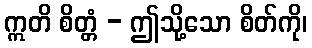
ဣတိ စိတ္တံ - ဤသို့သော စိတ်ကို၊